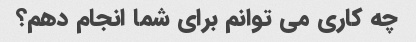
چه کاری می توانم برای شما انجام دهم؟